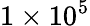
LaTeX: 1\times 10^{5}